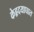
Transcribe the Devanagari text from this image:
केहृदयाघात